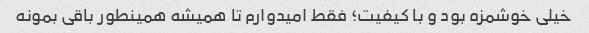
خیلی خوشمزه بود و با کیفیت؛ فقط امیدوارم تا همیشه همینطور باقی بمونه